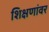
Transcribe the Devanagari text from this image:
शिक्षणांवर